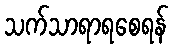
သက်သာရာရစေရန်